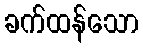
ခက်ထန်သော